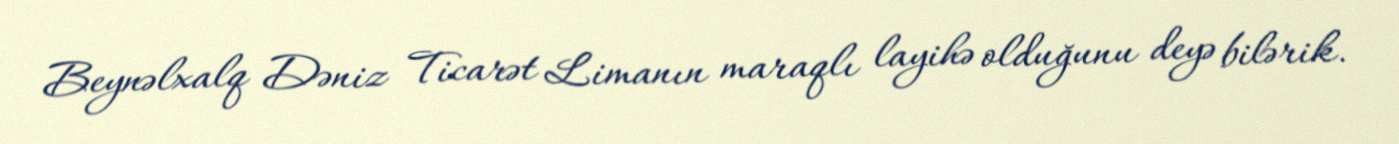
Beynəlxalq Dəniz Ticarət Limanın maraqlı layihə olduğunu deyə bilərik.